Report of the King Institute of Preventive Medicine, Guindy
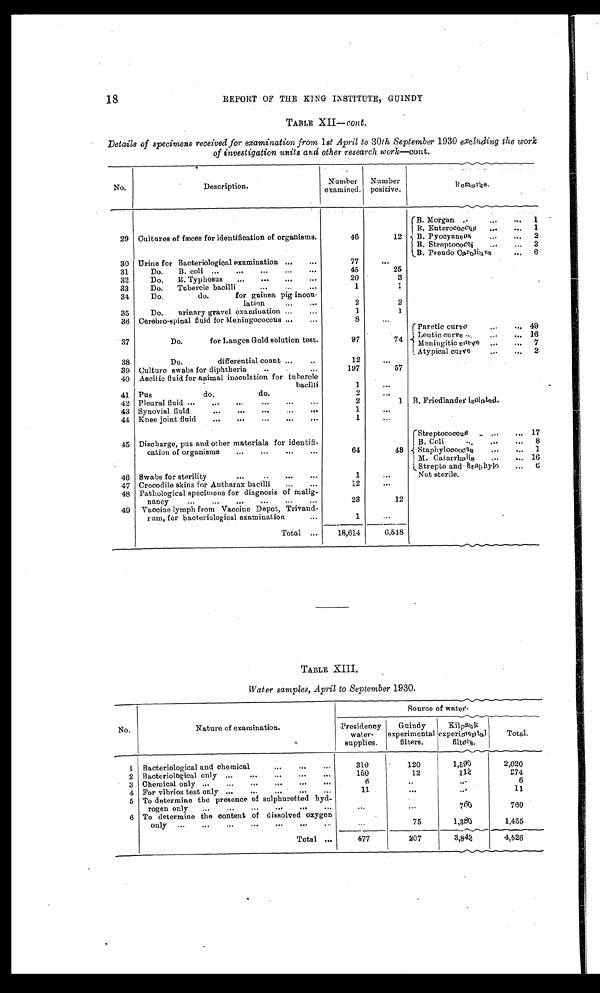
18
REPORT OF THE KING INSTITUTE, GUINDY
TABLE XII—Cont.
Details of specimens received for examination from 1 st April to 30th September 1930 excluding the work
of investigation units and other research work—cont.
No.
Description.
Number
examined.
Number
positive.
Remark
B. Morgan
1
B. Enterococccus
1
29 Cultures of faces for identification of organisms
46
12
B. Pyocyaneus
2
B. Streptococci
2
B. Pseudo Carolinus
6
30 Urine for Bacteriological examination
77
31
Do. B. coli
45
25
32
Do B. Typhoeus
20
3
33
Do Tubercle bacilli.
1
34
Do. do. for guinea pig inocu-
lation
2
2
35
Do. urinary gravel examination
1
1
36 Cerebro-spinal fluid forMeningococcus
8
Paretic curve
49
37
Do. for Langes Gold solution test.
97
74
Leautic curve
16
Meningitic curve
7
Atypical curve
2
38
Do. differential count
12
39 Culture swabs for diphtheria
197
57
40 Ascitic fluid for animal inoculation for tubercle
bacilli
1
41 Pus do. do.
2
42 Pleural fluid
2
1 B. Friedlander isolated.
43 Synovial fluid
1
44 Knee joint fluid
1
Streptococcue
17
45 Discharge, pus and other materials for identifi-
cation of organisms
64
48
B. Coli
8
Staphylococcus
1
M. Catarrhalis
16
Strepto and Staphylo
6
46 Swabs for sterility
1
Not sterile
47 Crocodile skins for Antharax bacilli
12
48 Pathological specimens for diagnosis of malig-
nancy
23
12
49 Vaccine lymph from Vaccine Depot, Trivand-
rum, for bacteriological examination
1
Total
18,614
6,518
TABLE XIII.
Water samples, April to September 1930.
No.
Nature of examination.
S o u r c e o f w a t e r
Presidency
water-
supplies.
Guindy
experimental
filters.
Kilp
auk experi ment al fl l t ers
Total.
1 Bacteriological and chemical
310
120
1 , 5 9 0
2,020
2 Bacteriological only
150
12
11
274
3 Chemical only
6
6
4 For vibrios test only
11
11
5 To determine the presence of sulphuretted hyd
rogen only
760
760
6 To determine the content of dissolved oxygen
only
75
1,360
1,455
Total
477
207
3,842
4,526